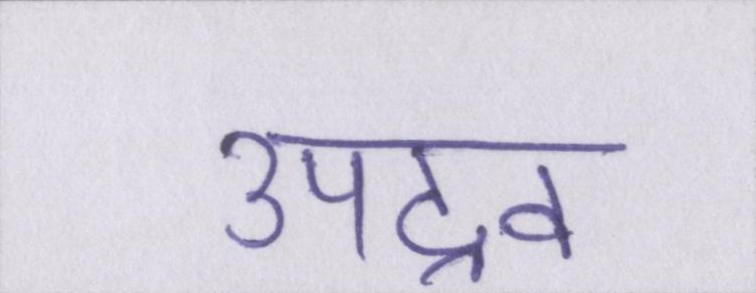
उपद्रव